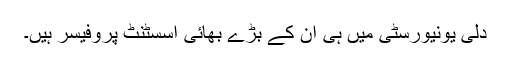
دلی یونیورسٹی میں ہی ان کے بڑے بھائی اسسٹنٹ پروفیسر ہیں۔